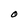
Character: O